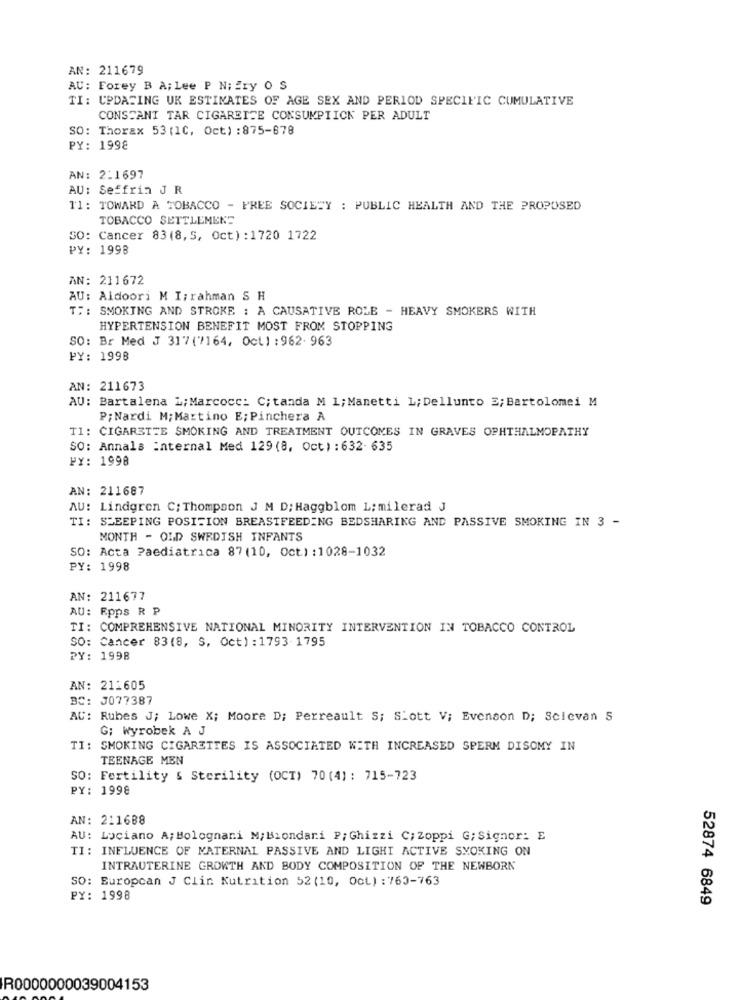
AN: 211679
AU: Forey B A; Lee P Ni Ery O S
TI: UPDATING UK ESTIMATES OF AGE SEX AND PERIOD SPECIFIC CUMULATIVE
CONSTANT TAR CIGARETTE CONSUMPTICK PER ADULT
SO: Thorax 53 (1C, Oct) : 875-678
PY: 1998
AN: 2:1697
AU: Seffrin J R
Il: TOWARD A TOBACCO - PREE SOCIETY : PUBLIC HEALTH AND THE PROPOSED
TOBACCO SETTLEMENT
SO: Cancer 83(8, 5, Oct) : 1720 1722
PY: 1998
AN: 211672
AU: Aldoori M I; rahman S H
T .: SMOKING AND STROKE : A CAUSATIVE ROLE - HEAVY SMOKERS WITH
HYPERTENSION BENEFIT MOST FROM STOPPING
SO: Br Med J 317(7164, Oct ) : 962. 963
PY: 1998
AN: 211673
AU: Bartalena L; Marcocc: C; tanda M 1; Manetti L; Dellunto 3; Bartolomei M
P;Nardi M;Martino E;Pinchera A
T1: CIGARETTE SMOKING AND TREATMENT OUTCOMES IN GRAVES OPHTHALMOPATHY
SO: Annals internal Med 129 (8, Oct) : 632- 635
PY: 1998
AN: 211687
AU: Lindgren C: Thompson J M D; Haggblom L; milerad J
TI: SLEEPING POSITION BREASTFEEDING BEDSHARING AND PASSIVE SMOKING IN 3 -
MONTH - OLD SWEDISH INFANTS
SO: Acta Paediatrica 87 (10, Oct) : 1028-1032
PY: 1998
AN: 211677
AU: Epps R P
TI: COMPREHENSIVE NATIONAL MINORITY INTERVENTION IN TOBACCO CONTROL
SO: Cancer 83(8, S, Oct) : 1793-1795
PY: 1998
AN: 211605
BC: J077387
AC: Rubes J; Lowe X; Moore D; Perreault S; Slott V; Evenson D; Scievan S
G; Wyrobek A J
TI: SMOKING CIGARETTES IS ASSOCIATED WITH INCREASED SPERM DISOMY IN
TEENAGE MEN
SO: Fertility § Sterility (OCT) 70(4) : 715-723
PY: 1998
AN: 211688
AU: Luciano A; Bolognani M; Biondari P; Ghizzi C; Zoppi G; Signor: E
TI: INFLUENCE OF MATERNAL PASSIVE AND LIGHT ACTIVE SYOKING ON
INTRAUTERINE GROWTH AND BODY COMPOSITION OF THE NEWBORN
SO: Buropcan J Clin Nutrition 52 (10, Oct) : 760-763
PY: 1998
52874 6849
R0000000039004153